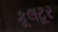
કૂલટૂર